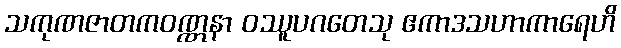
သကုဏဇာတကဝဏ္ဏနာ ဝဿူပဂတေသု ဧကာဒသဟာကာရေဟိ